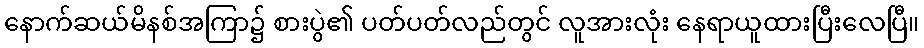
နောက်ဆယ်မိနစ်အကြာ၌ စားပွဲ၏ ပတ်ပတ်လည်တွင် လူအားလုံး နေရာယူထားပြီးလေပြီ။